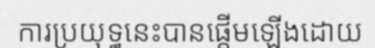
ការប្រយុទ្ធនេះបានផ្តើមឡើងដោយ